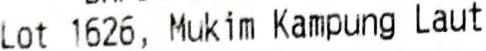
LOT 1626, MUKIM KAMPUNG LAUT